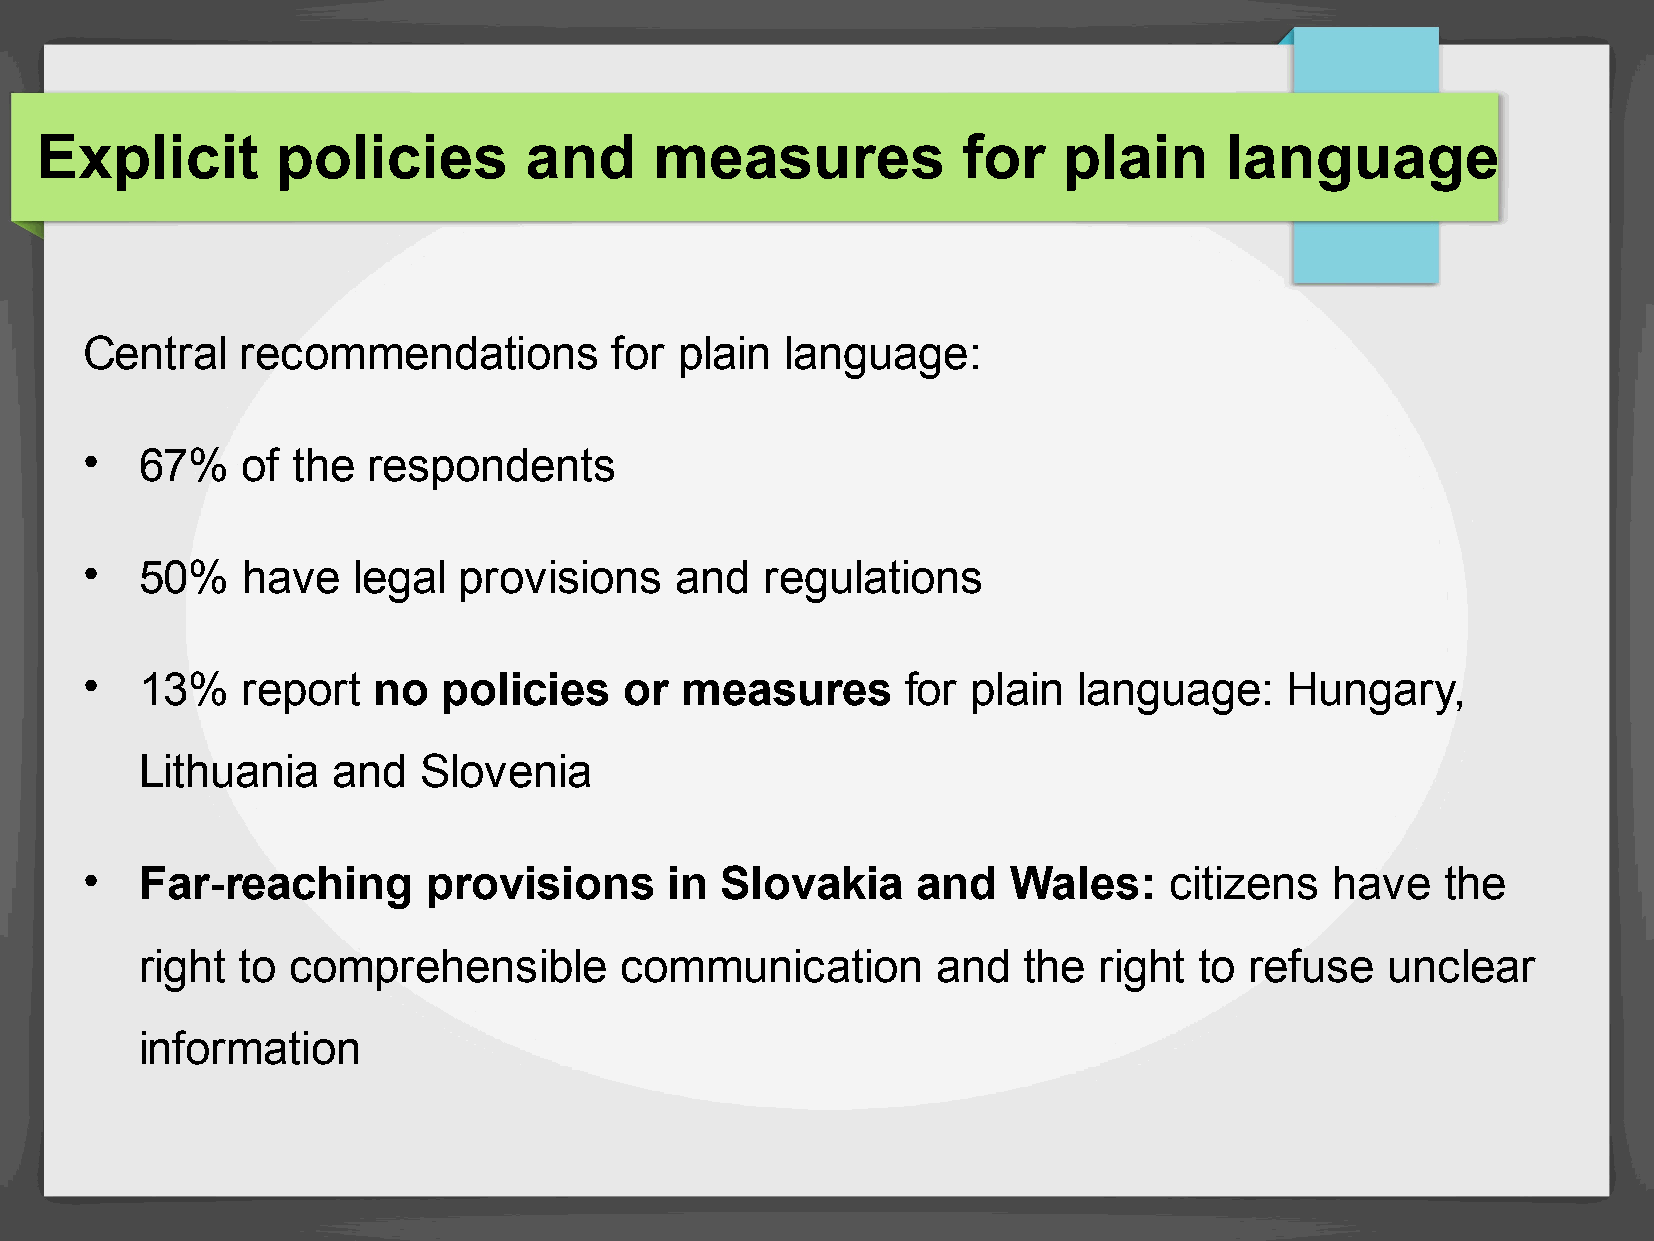
Explicit        policies         and     measures             for   plain      language
 Central    recommendations          for plain  language:
 •  67%    of the  respondents
 •  50%    have   legal  provisions     and   regulations
 •  13%    report   no  policies    or  measures       for plain  language:     Hungary,
 Lithuania    and   Slovenia
 •  Far-reaching       provisions      in  Slovakia     and   Wales:    citizens   have    the
 right  to comprehensible        communication        and   the  right to  refuse   unclear
 information